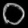
Digit: ၀